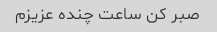
صبر کن ساعت چنده عزیزم